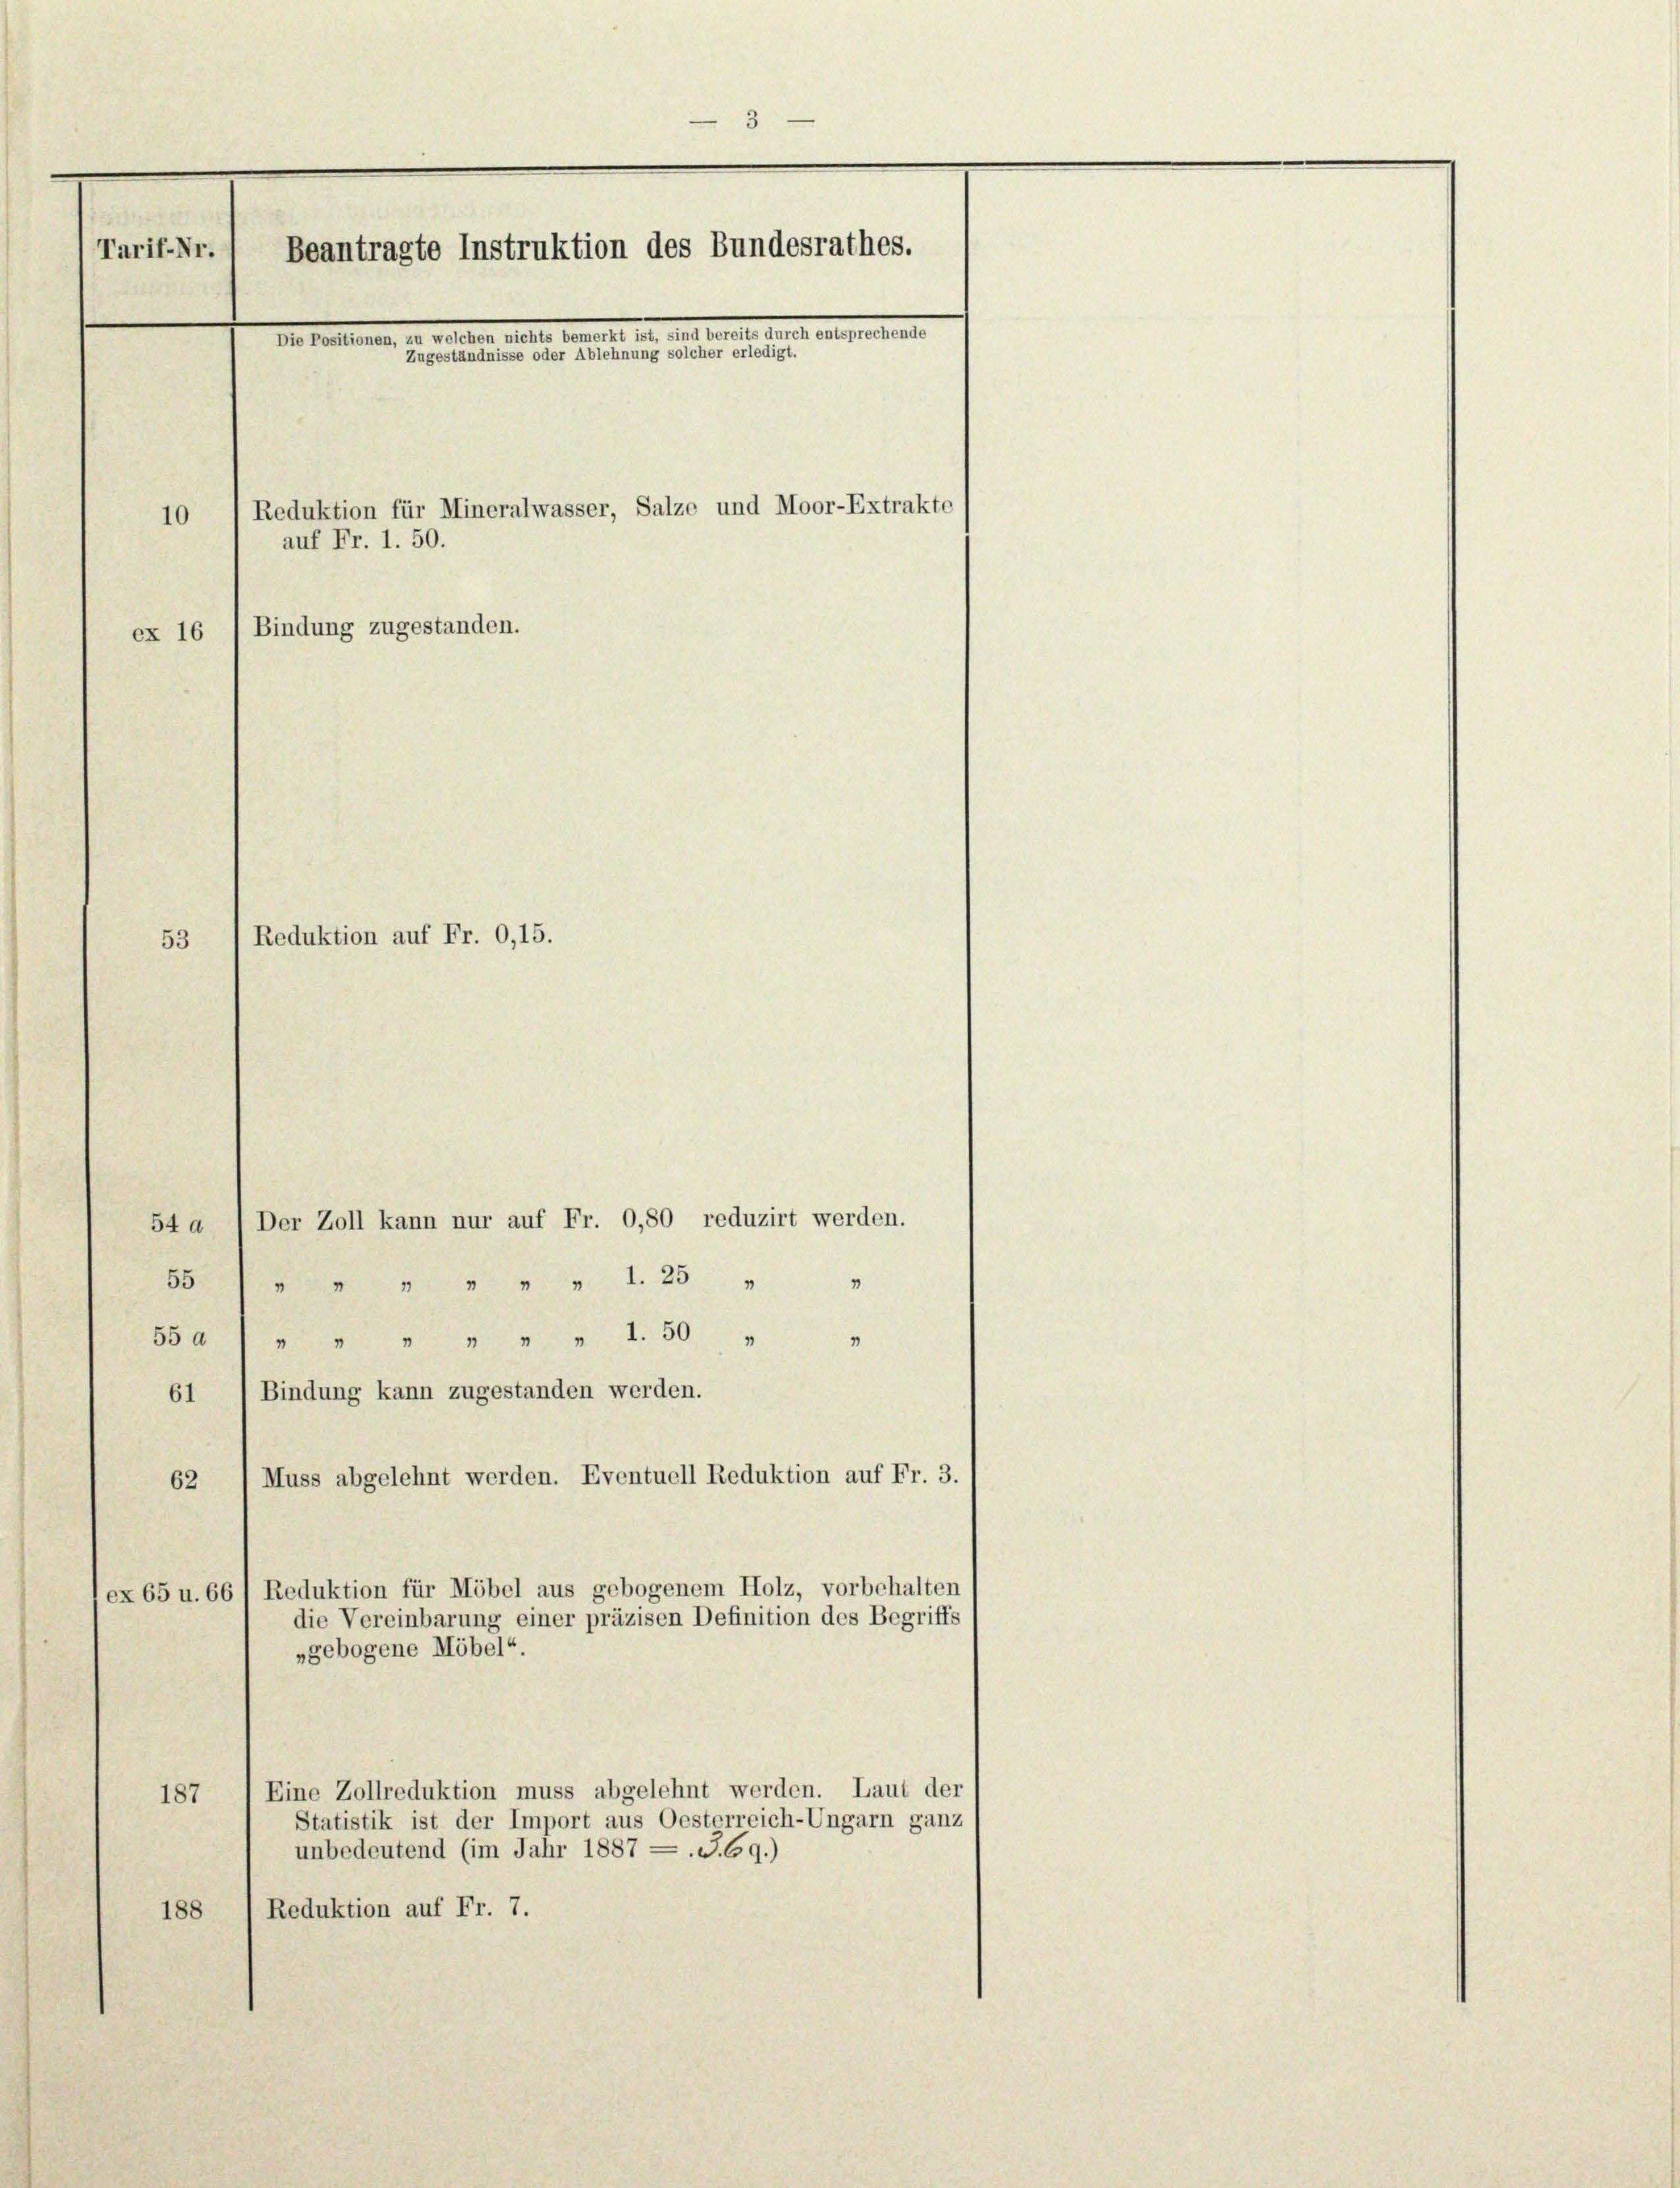
3
Tarif-Nr.
Beantragte Instruktion des Bundesrathes.
.
Zugeständnisse oder Ablehnung solcher erledigt.
Reduktion für Mineralwasser, Salze und Moor-Extrakte
10
auf Fr. 1. 50.
Bindung zugestanden.
ex 16

53 1 Reduktion auf Fr. 0,15.

Der Zoll kann nur auf Fr. 0,80 reduzirt werden.
54 a
"
Muss abgelehnt werden. Eventuell Reduktion auf Fr. 3.
62
ex 65 u. 66 / Reduktion für Möbel aus gebogenem Holz, vorbehalten
die Vereinbarung einer präzisen Definition des Begriffs
„gebogene Möbel“.
Eine Zollreduktion muss abgelehnt werden. Laut der
187
Statistik ist der Import aus Oesterreich-Ungarn ganz
unbedeutend (im Jahr 1887 = .J.69.)
Reduktion auf Fr. 7.
188

55 " " " " " " 1. 25 "
55a) „ „ „ „ „ „ 1.50 "
61 ) Bindung kann zugestanden werden.